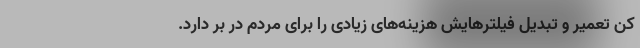
کن تعمیر و تبدیل فیلتر‌هایش هزینه‌های زیادی را برای مردم در بر دارد.